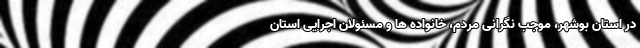
در استان بوشهر، موجب نگرانی مردم، خانواده ها و مسئولان اجرایی استان